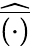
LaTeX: \widehat{\overline{{(\cdot)}}}